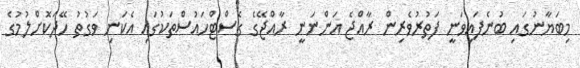
މިބަޔާނުގައި ބުނެފައިވަނީ ފަތުރުވެރިން ރާއްޖެ އަންނަނީ ރާއްޖޭގެ ގެސްޓްހައުސްތަކުގައި އެކަނި ވަގުތު ހޭދަކޮށްލުމުގެ